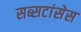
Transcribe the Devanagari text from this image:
सब्सटांसेस